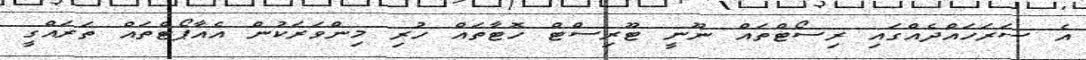
އެ ސަރަހައްދެއްގައި ރިސޯޓްތައް ނޫނީ ޓޫރިސްޓް ހޮޓާތައް ހުރި މިންވަރަކުން އެއާޕޯޓްތައް ތަރައްގީ